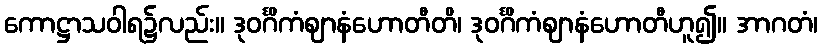
ကောဋ္ဌာသဝါရ၌လည်း။ ဒုဝင်္ဂိကံဈာနံဟောတီတိ၊ ဒုဝင်္ဂိကံဈာနံဟောတီဟူ၍။ အာဂတံ၊